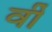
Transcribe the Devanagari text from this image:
र्वी